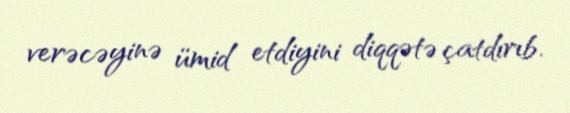
verəcəyinə ümid etdiyini diqqətə çatdırıb.